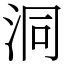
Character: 洞